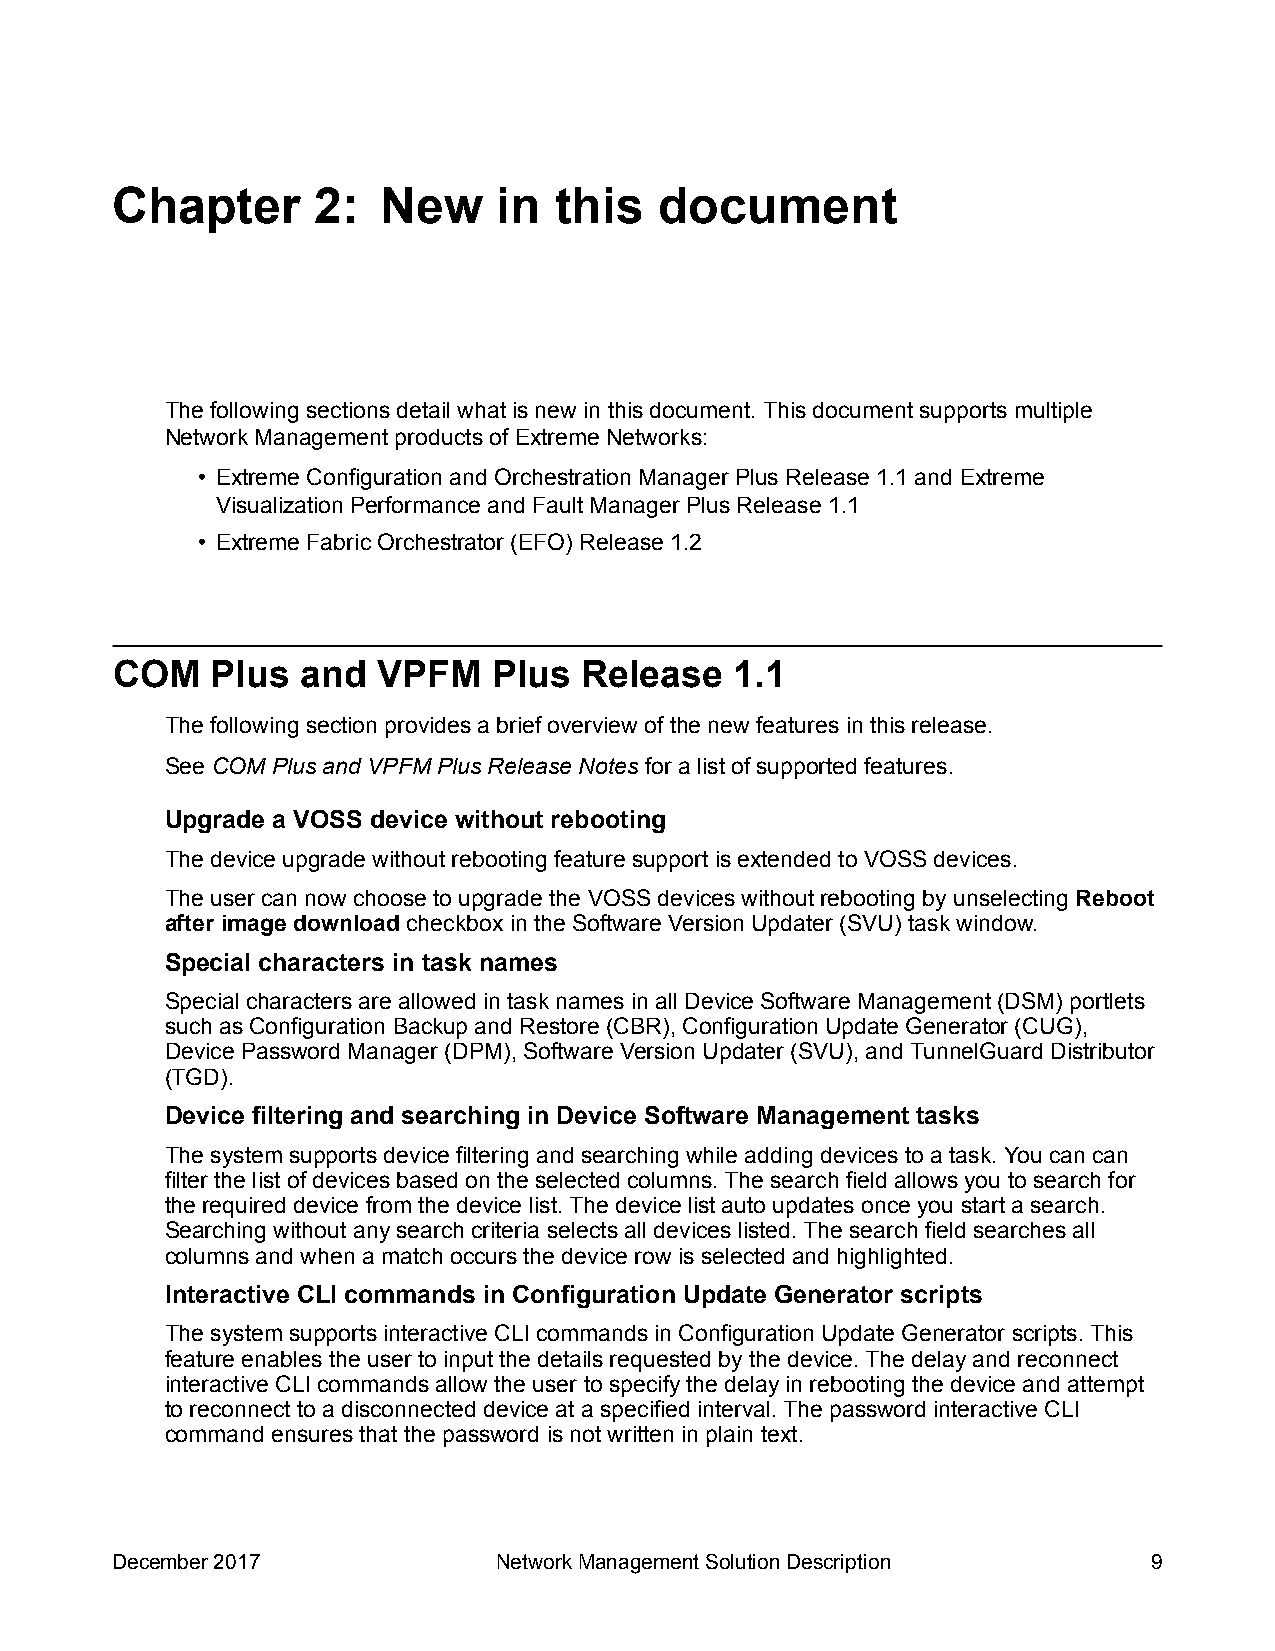
Chapter       2:  New     in  this   document
 The following sections detail what is new in this document. This document supports multiple
 Network Management products of Extreme Networks:
 • Extreme Configuration and Orchestration Manager Plus Release 1.1 and Extreme
 Visualization Performance and Fault Manager Plus Release 1.1
 • Extreme Fabric Orchestrator (EFO) Release 1.2
 COM    Plus  and  VPFM    Plus Release    1.1
 The following section provides a brief overview of the new features in this release.
 See COM Plus and VPFM Plus Release Notes for a list of supported features.
 Upgrade a VOSS device without rebooting
 The device upgrade without rebooting feature support is extended to VOSS devices.
 The user can now choose to upgrade the VOSS devices without rebooting by unselecting Reboot
 after image download checkbox in the Software Version Updater (SVU) task window.
 Special characters in task names
 Special characters are allowed in task names in all Device Software Management (DSM) portlets
 such as Configuration Backup and Restore (CBR), Configuration Update Generator (CUG),
 Device Password Manager (DPM), Software Version Updater (SVU), and TunnelGuard Distributor
 (TGD).
 Device filtering and searching in Device Software Management tasks
 The system supports device filtering and searching while adding devices to a task. You can can
 filter the list of devices based on the selected columns. The search field allows you to search for
 the required device from the device list. The device list auto updates once you start a search.
 Searching without any search criteria selects all devices listed. The search field searches all
 columns and when a match occurs the device row is selected and highlighted.
 Interactive CLI commands in Configuration Update Generator scripts
 The system supports interactive CLI commands in Configuration Update Generator scripts. This
 feature enables the user to input the details requested by the device. The delay and reconnect
 interactive CLI commands allow the user to specify the delay in rebooting the device and attempt
 to reconnect to a disconnected device at a specified interval. The password interactive CLI
 command ensures that the password is not written in plain text.
 December 2017             Network Management Solution Description    9